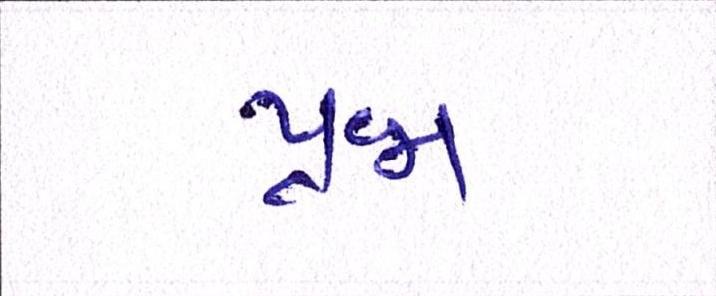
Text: પ્રજા